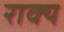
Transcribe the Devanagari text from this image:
राक्य